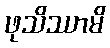
ဖုသိဿာမိ